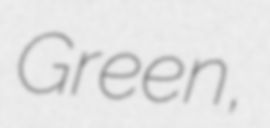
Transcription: Green,